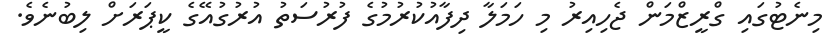
މިނެޓުގައި ގްރީޒްމަން ޖެހިއިރު މި ހަމަލާ ދިފާއުކުރުމުގެ ފުރުސަތު އުރުގުއޭގެ ކީޕަރަށް ލިބުނެވެ.